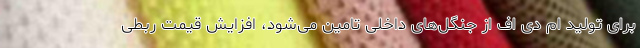
برای تولید ام دی اف از جنگل‌های داخلی تامین می‌شود، افزایش قیمت ربطی